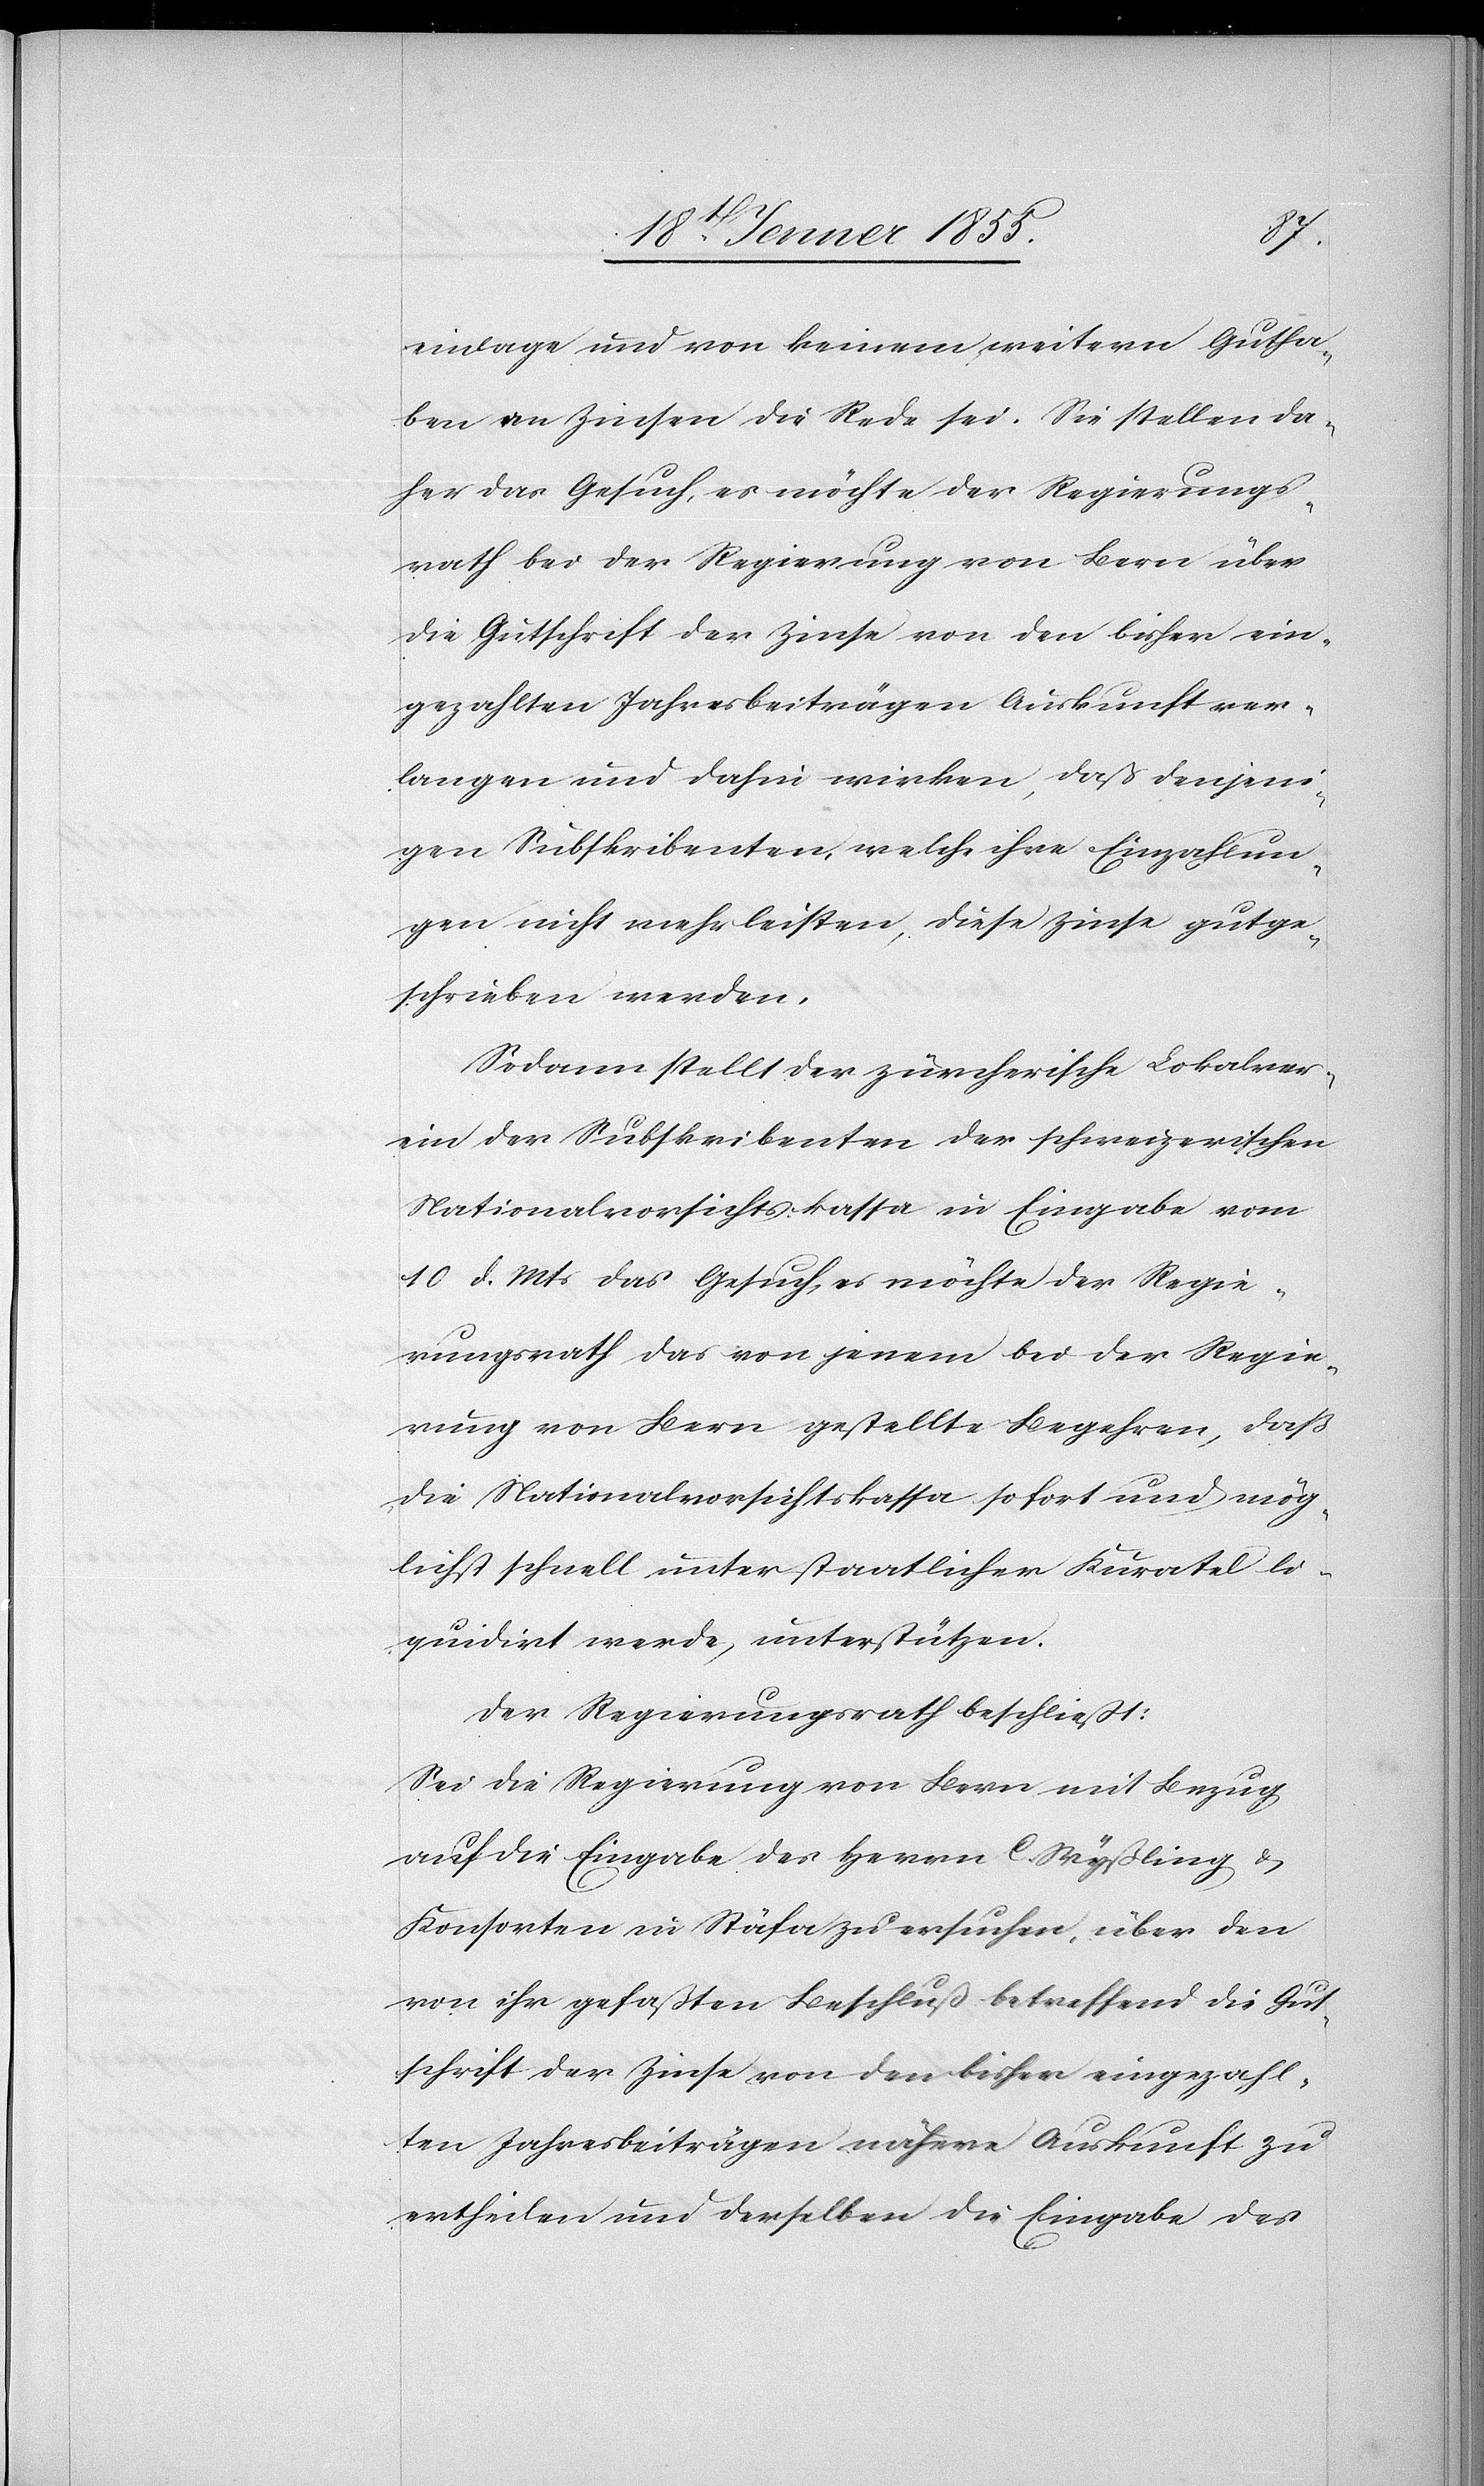
einlage und von keinem weitern Gutha¬
ben an Zinsen die Rede sei. Sie stellen da¬
her das Gesuch, es möchte der Regierungs¬
rath bei der Regierung von Bern über
die Gutschrift der Zinse von den bisher ein¬
gezahlten Jahresbeiträgen Auskunft ver¬
langen und dahin wirken, dass denjeni¬
gen Subskribenten, welche ihre Einzahlun¬
gen nicht mehr leisten, diese Zinse gutge¬
schrieben werden.
Sodann stellt der zürcherische Lokalver¬
ein der Subskribenten der schweizerischen
Nationalvorsichtskassa in Eingabe vom
10 d. Mts das Gesuch, es möchte der Regie¬
rungsrath das von jenem bei der Regie¬
rung von Bern gestellte Begehren, daß
die Nationalvorsichtskassa sofort und mög¬
lichst schnell unter staatlicher Kuratel li¬
quidirt werde, unterstützen.
Der Regierungsrath beschliesst:
Sei die Regierung von Bern mit Bezug
auf die Eingabe des Herrn C. Wyßling &
Konsorten in Stäfa zu ersuchen, über den
von ihr gefaßten Beschluß betreffend die Gut¬
schrift der Zinse von den bisher eingezahl¬
ten Jahresbeiträgen nähere Auskunft zu
ertheilen und derselben die Eingabe des